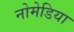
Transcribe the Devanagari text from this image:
नोमेडिया